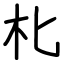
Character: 朼